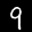
Label: 9